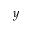
y